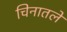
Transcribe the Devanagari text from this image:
चिनातले